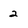
Character: 2